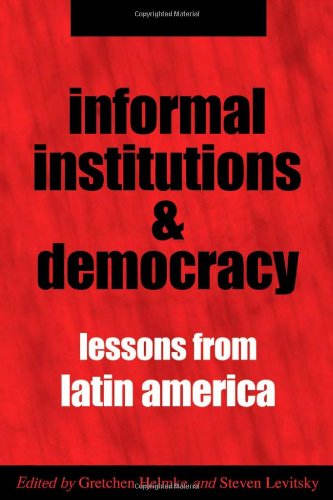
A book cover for Informal Institutions and Democracy: Lessons from Latin America; History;